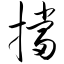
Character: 挡